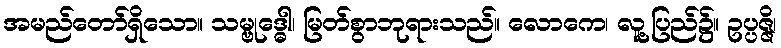
အမည်တော်ရှိသော။ သမ္ဗုဒ္ဓေါ၊ မြတ်စွာဘုရားသည်။ လောကေ၊ လူ့ပြည်၌။ ဥပ္ပဇ္ဇိ၊